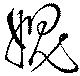
愧